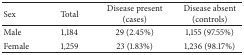
<table><thead><tr><td><b>Sex</b></td><td><b>Total</b></td><td><b>Disease present (cases)</b></td><td><b>Disease absent (controls)</b></td></tr></thead><tbody><tr><td>Male</td><td>1,184</td><td>29 (2.45%)</td><td>1,155 (97.55%)</td></tr><tr><td>Female</td><td>1,259</td><td>23 (1.83%)</td><td>1,236 (98.17%)</td></tr></tbody></table>